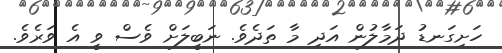
ހަށިގަނޑު ދަމާލުން އަދި މާ ތަދެވެ. ނަބީލަށް ވެސް ވީ އެ ވަރެވެ.